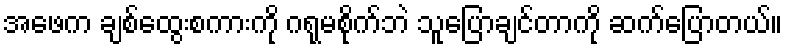
အဖေက ချစ်ထွေးစကားကို ဂရုမစိုက်ဘဲ သူပြောချင်တာကို ဆက်ပြောတယ်။